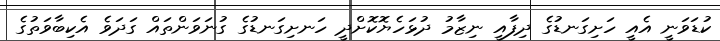
ކުޑަވަނީ އެއީ ހަށިގަނޑުގެ ދިފާއީ ނިޒާމު ދުޅަހެޔޮކޮށްދީ ހަނށިގަނޑުގެ ގުނަވަންތައް ގަދަވެ އެކިބާވަތުގެ